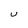
Character: U